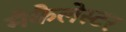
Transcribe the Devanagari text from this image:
मैकैलेस्टर